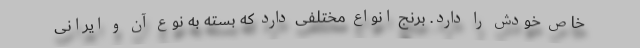
خاص خودش را دارد. برنج انواع مختلفی دارد که بسته به نوع آن و ایرانی